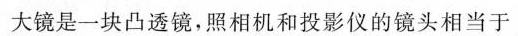
大镜是一块凸透镜，照相机和投影仪的镜头相当于